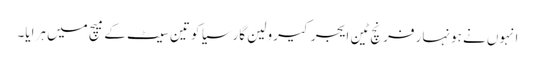
انہوں نے ہونہار فرنچ ٹین ایجر کیرولین گارسیا کو تین سیٹ کے میچ میں ہرایا۔